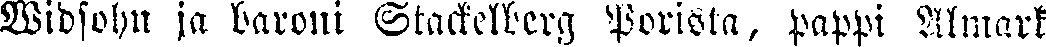
Widsohn ja baroni Stackelberg Porista, pappi Almark